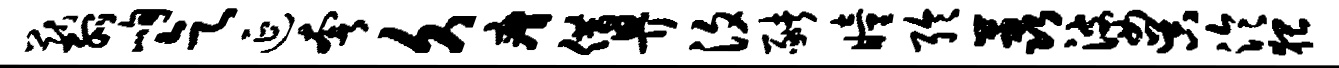
猷弧峋乞延奢久瘠借畀汐猪瞳聆荔婆吴泠猥